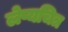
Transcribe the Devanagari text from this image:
लेप्यचित्र